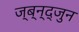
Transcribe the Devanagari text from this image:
ज्ब्न्द्जुन